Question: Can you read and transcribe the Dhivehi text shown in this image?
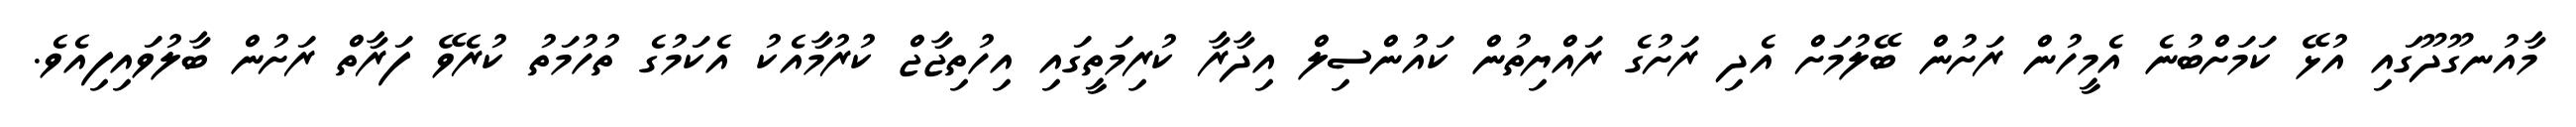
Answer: މާއުނގޫދޫގައި އުޅޭ ކަމަށްބުނެ އެމީހުން ރަށުން ބޭލުމަށް އެދި ރަށުގެ ރައްޔިތުން ކައުންސިލް އިދާރާ ކުރިމަތީގައި އިހުތިޖާޖް ކުރުމާއެކު އެކަމުގެ ތުހުމަތު ކުރެވޭ ފަރާތް ރަށުން ބާލުވައިފިއެވެ.